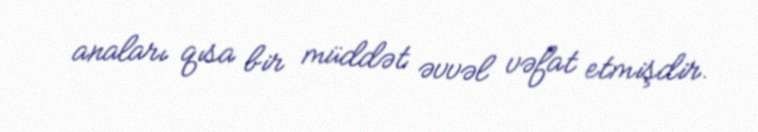
anaları qısa bir müddət əvvəl vəfat etmişdir.